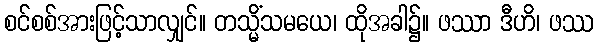
စင်စစ်အားဖြင့်သာလျှင်။ တသ္မိံသမယေ၊ ထိုအခါ၌။ ဖဿာ ဒီဟိ၊ ဖဿ